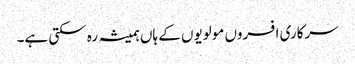
سرکاری افسروں مولویوں کے ہاں ہمیشہ رہ سکتی ہے۔